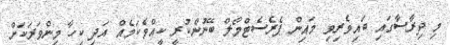
މި ދިރާސާގައި ބައިވެރިވި މައިން ޕެރެސެޓްމޯލް ބޭނުންކުރީ ކީއްވެކަމެއް އަދި ކިހާ މިންވަރަކަށް